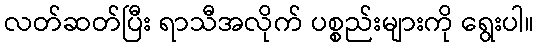
လတ်ဆတ်ပြီး ရာသီအလိုက် ပစ္စည်းများကို ရွေးပါ။